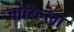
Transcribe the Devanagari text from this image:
जोरिल्ला